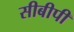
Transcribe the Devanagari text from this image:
सीबीपी